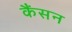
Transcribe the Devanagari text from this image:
कैंसन